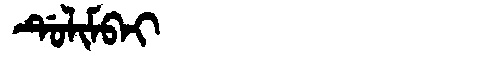
Manchu: ᡩᡠᠯᡳᠮᠪᠠᡳ
Romanization: DULIMBAI